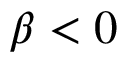
\beta < 0